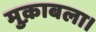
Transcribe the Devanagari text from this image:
मुक़ाबला।